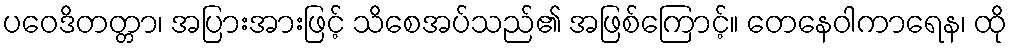
ပဝေဒိတတ္တာ၊ အပြားအားဖြင့် သိစေအပ်သည်၏ အဖြစ်ကြောင့်။ တေနေဝါကာရေန၊ ထို